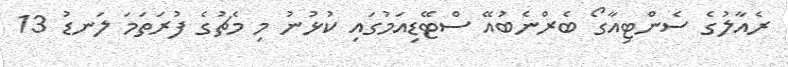
ރެއާލުގެ ސެންޓިއާގޯ ބެރްނެބުއޭ ސްޓޭޑިއަމުގައި ކުޅުނު މި މެޗުގެ ފުރަތަމަ ލަނޑު 13